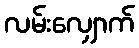
လမ်းလျှောက်